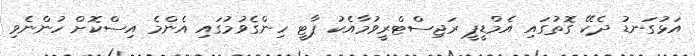
އަޅުގަނޑު ދެކޭ ގޮތުގައި އެމްޑީޕީ ރަޖިސްޓްރީވުމާއެކު ޕާޓީ ހިންގެވުމުގައި އެންމެ އިސްކޮށް ހުންނެވި